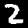
Digit: 2